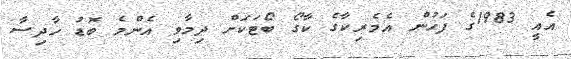
އެއީ 1983ގެ ފަހުން އެމެރިކާގެ ކާގޯ ބޯޓަކަށް ދިމާވި އެންމެ ބޮޑު ހާދިސާ